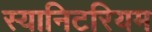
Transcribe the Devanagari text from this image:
स्यानिटरियम